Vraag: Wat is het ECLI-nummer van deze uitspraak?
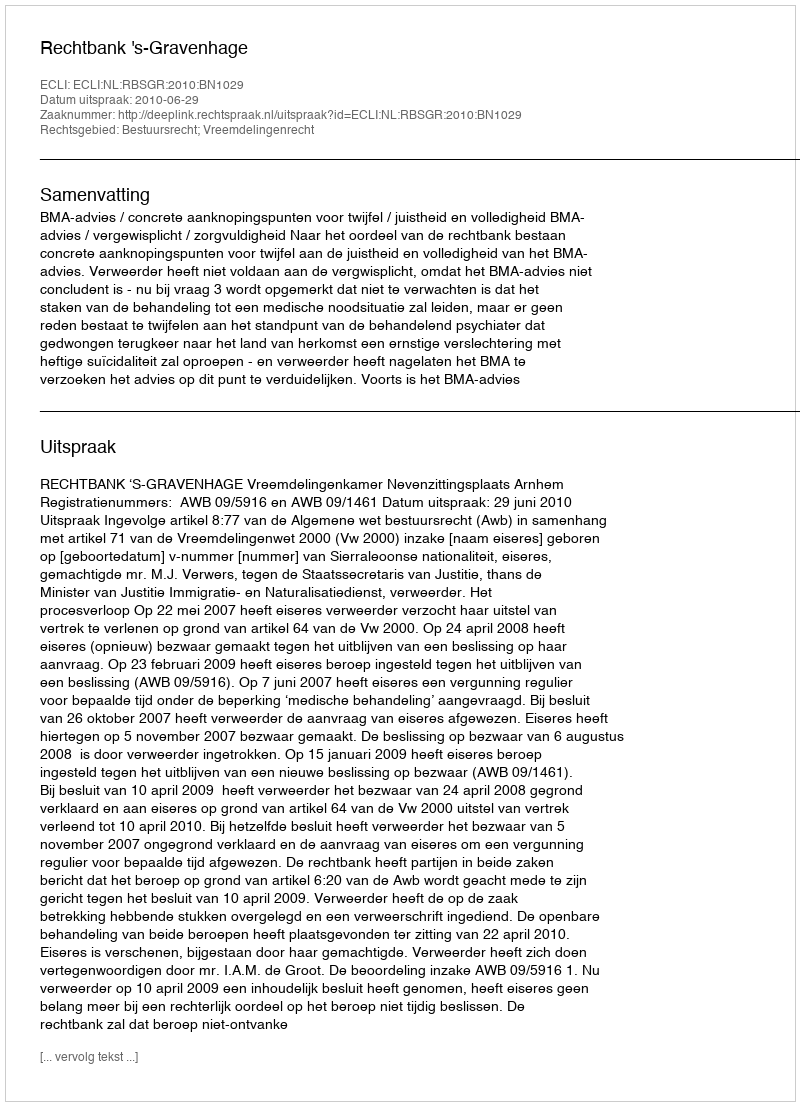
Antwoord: ECLI:NL:RBSGR:2010:BN1029